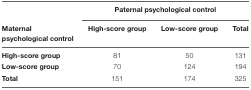
<table><thead><tr><td></td><td colspan="3"><b>Paternal psychological control</b></td></tr><tr><td><b>Maternal psychological control</b></td><td><b>High-score group</b></td><td><b>Low-score group</b></td><td><b>Total</b></td></tr></thead><tbody><tr><td><b>High-score group</b></td><td>81</td><td>50</td><td>131</td></tr><tr><td><b>Low-score group</b></td><td>70</td><td>124</td><td>194</td></tr><tr><td><b>Total</b></td><td>151</td><td>174</td><td>325</td></tr></tbody></table>